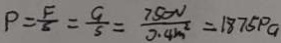
P = \frac { F } { S } = \frac { 9 } { 5 } = \frac { 7 5 0 V } { 0 . 4 m ^ { 2 } } = 1 8 7 5 p a